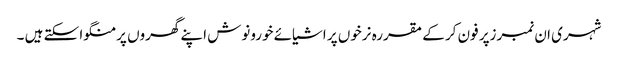
شہری ان نمبرزپر فون کر کے مقررہ نرخوں پر اشیائے خورونوش اپنے گھروں پر منگوا سکتے ہیں ۔